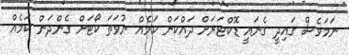
ނަމަވެސް ގައިދީ ގެނައީ ޑޮކްޓަރަށް ދައްކަން ކަމެއް ނުވަތަ ކޯޓަށް ގެންދަން ކަމެއް